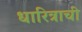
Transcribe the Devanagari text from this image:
धारित्राची